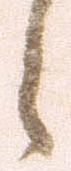
之